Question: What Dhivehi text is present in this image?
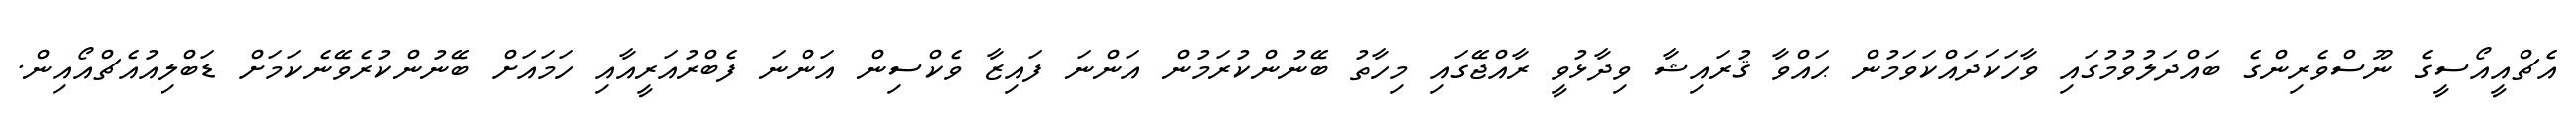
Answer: އެޗްއީއޯސީގެ ނޫސްވެރިންގެ ބައްދަލުވުމުގައި ވާހަކަދައްކަވަމުން ޙައްވާ ޤުރައިޝާ ވިދާޅުވީ ރާއްޖޭގައި މިހާތު ބޭނުންކުރަމުން އަންނަ ފައިޒާ ވެކްސިން އަންނަ ފެބްރުއަރީއާއި ހަމައަށް ބޭނުންކުރެވޭނެކަމަށް ޑަބްލިއުއެޗްއޯއިން.